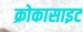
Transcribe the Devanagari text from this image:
क्रोकासाइट